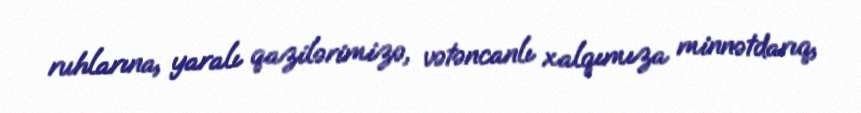
ruhlarına, yaralı qazilərimizə, vətəncanlı xalqımıza minnətdarıq,